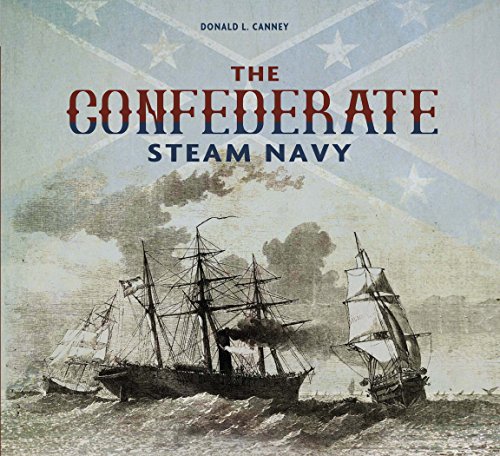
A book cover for The Confederate Steam Navy: 1861-1865; Donald L. Canney; History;